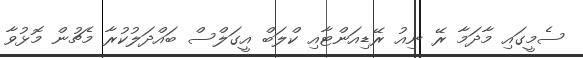
ސެމީގައި މާދަމާ ރޭ ނިއު ރޭޑިއަންޓާއި ކްލަބް އީގަލްސް ބައްދަލުކުރާ މެޗުން މޮޅުވާ